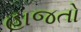
હાજતો